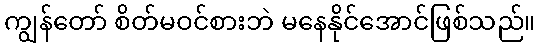
ကျွန်တော် စိတ်မဝင်စားဘဲ မနေနိုင်အောင်ဖြစ်သည်။